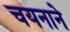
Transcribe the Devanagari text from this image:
चयनाने